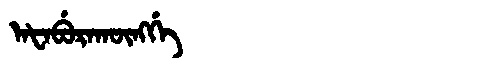
Manchu: ᠠᡶᠠᠪᡠᡵᠠᡴᡡᠩᡤᡝ
Romanization: AFABURAKŪNGGE